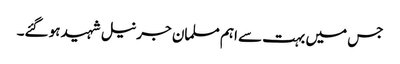
جس میں بہت سے اہم مسلمان جرنیل شہید ہو گئے۔